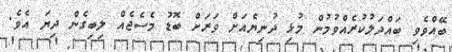
ބޭއްވެވި ބައްދަލުކުރެއްވުމުން މުޅި ދުނިޔެއަށް ވަރަށް ބޮޑު މެސެޖެއް ލިބިގެން ދިޔަ އެވެ.